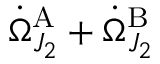
\dot { \Omega } _ { J _ { 2 } } ^ { \mathrm { A } } + \dot { \Omega } _ { J _ { 2 } } ^ { \mathrm { B } }